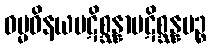
ဓမ္မဝိနယပဋိစ္ဆန္နာပဋိစ္ဆန္နပဉ္စ